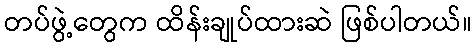
တပ်ဖွဲ့တွေက ထိန်းချုပ်ထားဆဲ ဖြစ်ပါတယ်။